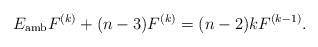
\begin{align*}E_{\mathrm{amb}}F^{(k)}+(n-3)F^{(k)}=(n-2)k F^{(k-1)}.\end{align*}